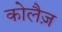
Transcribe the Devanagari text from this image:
कोलैज़